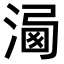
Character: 𣹍